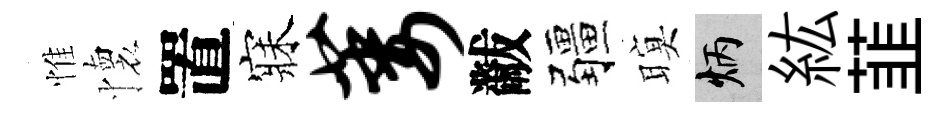
惟懷置寐萎黻疆暝炳紘韮